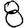
Digit: 8